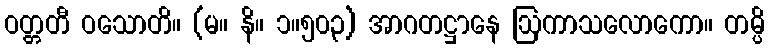
ဝတ္တတီ ဝသောတိ။ (မ။ နိ။ ၁။၅၀၃) အာဂတဋ္ဌာနေ ဩကာသလောကော။ တမ္ပိ